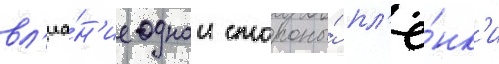
вл'иа́н'ие однои стороны́ пл'ё́нк'и